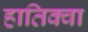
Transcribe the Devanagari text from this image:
हातिक्वा